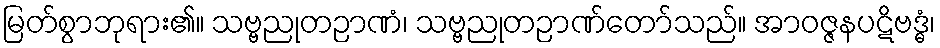
မြတ်စွာဘုရား၏။ သဗ္ဗညုတဉာဏံ၊ သဗ္ဗညုတဉာဏ်တော်သည်။ အာဝဇ္ဇနပဋိဗဒ္ဓံ၊